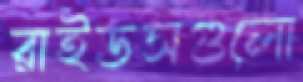
রাইডসগুলো